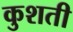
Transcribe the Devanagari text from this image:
कुशती